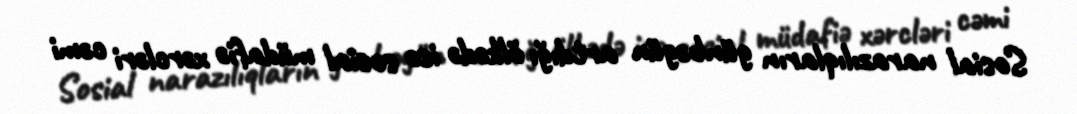
Sosial narazılıqların günbəgün artdığı ölkədə isə sosial müdafiə xərcləri cəmi